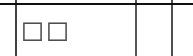
٥٣